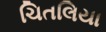
ચિતલિયા